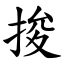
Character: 捘